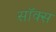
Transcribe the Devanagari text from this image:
सॉक्‍स